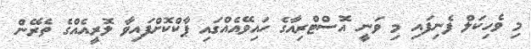
މި ވެހިކަލް ފެނިފައި މި ވަނީ އޮސްޓްރިއާގެ ހައިވޭއެއްގައި ޕާކްކޮށްފައިވާ ލޮރީއެއްގެ ތެރޭން